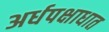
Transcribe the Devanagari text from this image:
अर्धपक्षाधात